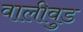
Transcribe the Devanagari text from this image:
वालीवुड